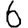
Digit: 6